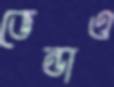
ভেন্ডাও